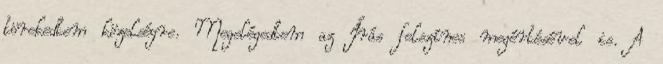
törekedtem közelségre. Megelégedtem az Írás felszínes megértésével is. A